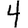
Digit: 4